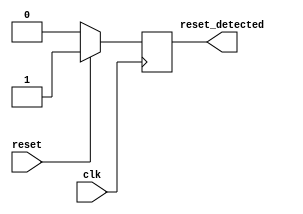
module sync_reset_detector (
    input wire clk,            // System clock signal
    input wire reset,          // Active high reset signal
    output reg reset_detected   // Reset detected output
);

// Synchronous reset detection logic
always @(posedge clk) begin
    if (reset) begin
        reset_detected <= 1'b1; // Assert reset_detected high if reset is active
    end else begin
        reset_detected <= 1'b0; // Deassert reset_detected low if reset is inactive
    end
end

endmodule